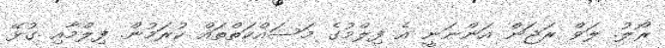
ރޯލު. ލަވް ރަޖަން އަންނަނީ އެ ފިލްމުގެ މަސައްކަތްތައް ކުރަމުން. ފިލްމާއި ގުޅޭ